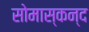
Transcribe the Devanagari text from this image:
सोमास्कन्द